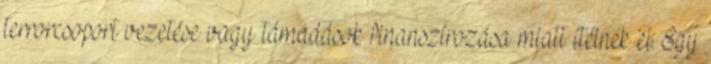
terrorcsoport vezetése vagy támadások finanszírozása miatt ítélnek el. Egy